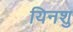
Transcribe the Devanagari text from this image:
यिनशु